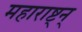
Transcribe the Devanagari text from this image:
महाराष्ट्न्